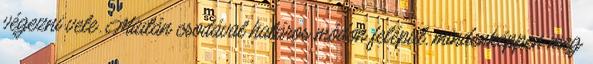
végezni vele. Miután csodával határos módon felépül, mindenképpen meg